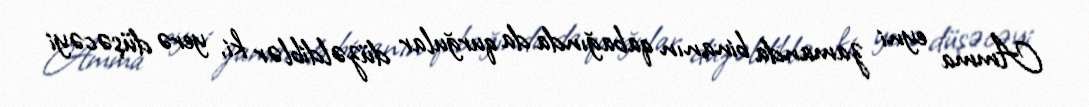
Amma eyni zamanda binanın qabağında da qurğular düzəldiblər ki, yerə düşəcəyi